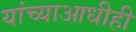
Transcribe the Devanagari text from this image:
यांच्याआधीही